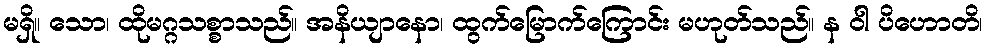
မရှိ။ သော၊ ထိုမဂ္ဂသစ္စာသည်။ အနိယျာနော၊ ထွက်မြောက်ကြောင်း မဟုတ်သည်။ န ဝါ ပိဟောတိ၊